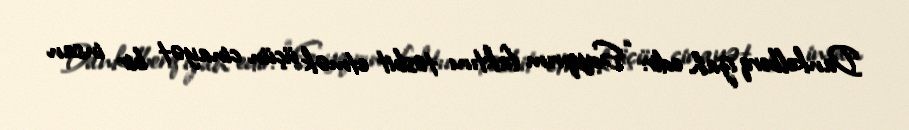
Dankelberq izah edir: “Soyqırım faktını təsbit etmək üçün cinayət bir insan